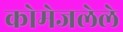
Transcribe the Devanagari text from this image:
कोमेजलेले